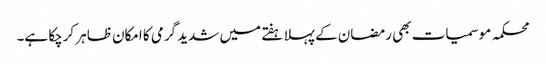
محکمہ موسمیات بھی رمضان کے پہلا ہفتے میں شدید گرمی کا امکان ظاہر کرچکا ہے۔